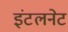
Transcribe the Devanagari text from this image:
इंटलनेट